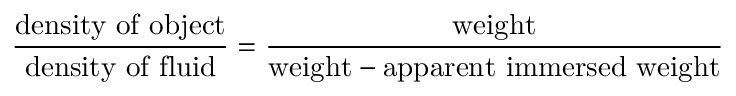
{ \frac { \mathrm { d e n s i t y ~ o f ~ o b j e c t } } { \mathrm { d e n s i t y ~ o f ~ f l u i d } } } = { \frac { \mathrm { w e i g h t } } { { \mathrm { w e i g h t } } - { \mathrm { a p p a r e n t ~ i m m e r s e d ~ w e i g h t } } } }